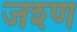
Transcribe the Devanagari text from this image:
जश्ण